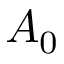
A _ { 0 }